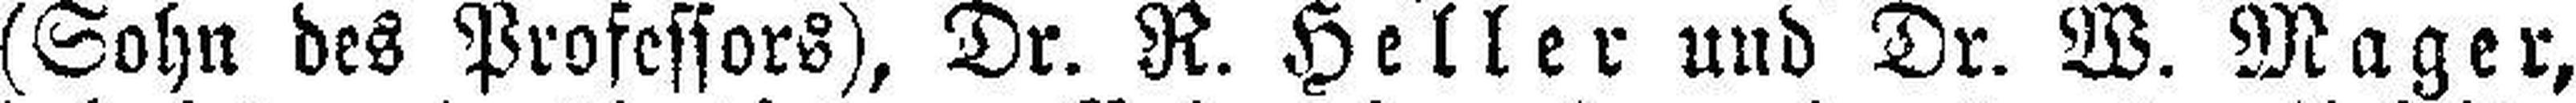
(Sohn des Professors), Dr. R. Heller und Dr. W. Mager,